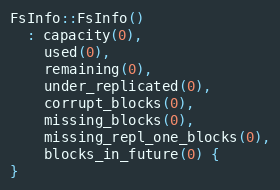
Language: C++
FsInfo::FsInfo()
  : capacity(0),
    used(0),
    remaining(0),
    under_replicated(0),
    corrupt_blocks(0),
    missing_blocks(0),
    missing_repl_one_blocks(0),
    blocks_in_future(0) {
}